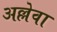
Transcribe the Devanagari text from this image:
अल्लेवा